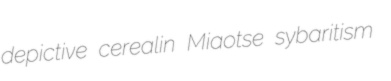
depictive cerealin Miaotse sybaritism